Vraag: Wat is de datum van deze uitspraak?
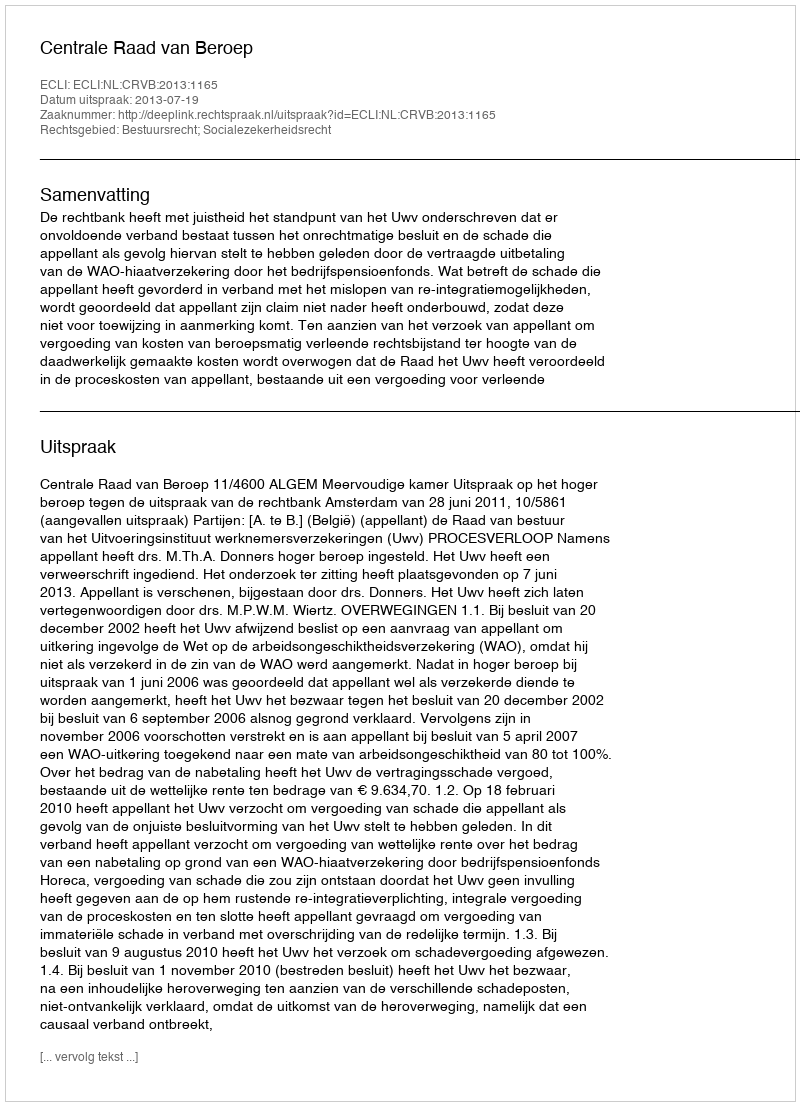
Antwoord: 2013-07-19